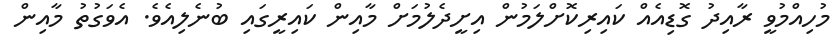
މުހިއްމުވީ ރާއިދު ގޮޑިއެއް ކައިރިކޮށްލަމުން އިށީދެލުމަށް މާއިން ކައިރީގައި ބުނެލިއެވެ. އެވަގުތު މާއިން